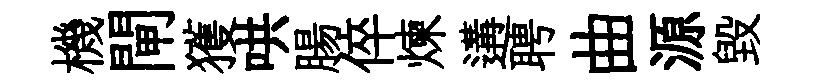
機閘獲哄腸倅煉遘聘曲源毁